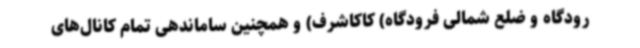
رودگاه و ضلع شمالی فرودگاه) کاکاشرف) و همچنین ساماندهی تمام کانال‌های